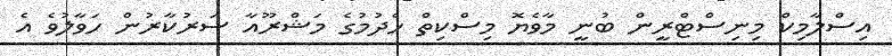
އިސްލާމިކް މިނިސްޓްރީން ބުނީ މާވެޔޮ މިސްކިތް ހެދުމުގެ މަޝްރޫއާ ސަރުކާރުން ހަވާލުވެ އެ